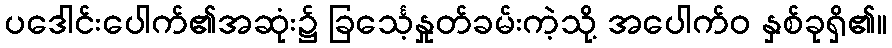
ပဒေါင်းပေါက်၏အဆုံး၌ ခြင်္သေ့နှုတ်ခမ်းကဲ့သို့ အပေါက်ဝ နှစ်ခုရှိ၏။